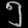
Digit: ၅